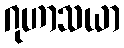
ဂုဟာသယာ